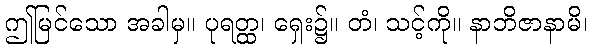
ဤမြင်သော အခါမှ။ ပုရတ္ထ၊ ရှေး၌။ တံ၊ သင့်ကို။ နာဘိဇာနာမိ၊